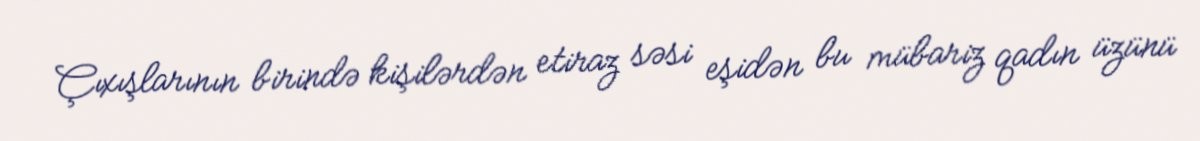
Çıxışlarının birində kişilərdən etiraz səsi eşidən bu mübariz qadın üzünü